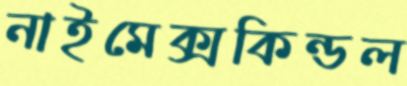
নাইমেক্সকিন্ডল